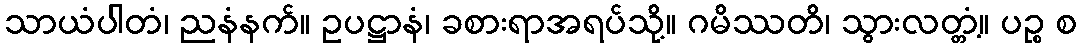
သာယံပါတံ၊ ညနံနက်။ ဥပဋ္ဌာနံ၊ ခစားရာအရပ်သို့။ ဂမိဿတိ၊ သွားလတ္တံ့။ ပဉ္စ စ